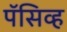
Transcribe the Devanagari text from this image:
पॅसिव्ह